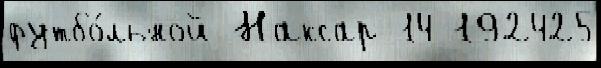
футбо́льной Наксар 14 192425